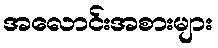
အလောင်းအစားများ